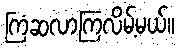
ကြံဆလာကြလိမ့်မယ်။